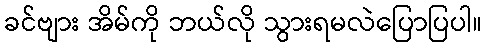
ခင်ဗျား အိမ်ကို ဘယ်လို သွားရမလဲပြောပြပါ။